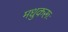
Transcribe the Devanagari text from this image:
मधुकरूः